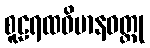
စူဠရထဝိမာနဝတ္ထု